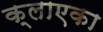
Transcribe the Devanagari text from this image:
क्लाएका